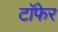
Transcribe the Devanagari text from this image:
टाॅफेर